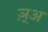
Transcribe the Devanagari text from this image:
ञ़्अ